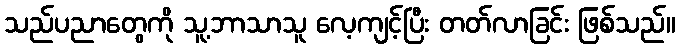
သည်ပညာတွေကို သူ့ဘာသာသူ လေ့ကျင့်ပြီး တတ်လာခြင်း ဖြစ်သည်။